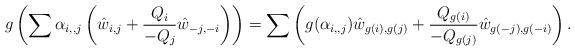
LaTeX: \begin{align*}g\left(\sum\alpha_{i,,j}\left(\hat{w}_{i,j}+\frac{Q_{i}}{-Q_{j}}\hat{w}_{-j,-i}\right)\right)=\sum\left(g(\alpha_{i,,j})\hat{w}_{g(i),g(j)}+\frac{Q_{g(i)}}{-Q_{g(j)}}\hat{w}_{g(-j),g(-i)}\right).\end{align*}